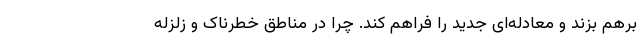
برهم بزند و معادله‌ای جدید را فراهم کند. چرا در مناطق خطرناک و زلزله